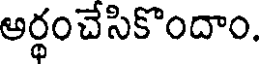
ఆర్థంచేసికొందాం.